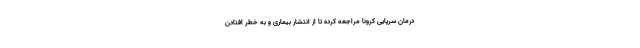
درمان سرپایی کرونا مراجعه کرده تا از انتشار بیماری و به خطر افتادن